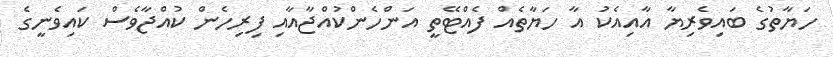
ހަޔާތުގެ ބައިވެރިޔާ އާއިއެކު އާ ހަޔާތެއް ފެއްޓޭތީ އަންހެންކުއްޖާއާއި ފިރިހެން ކުއްޖާވެސް ކައިވެނީގެ